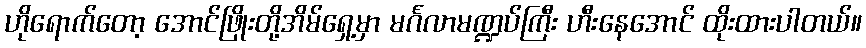
ဟိုရောက်တော့ အောင်ဖြိုးတို့အိမ်ရှေ့မှာ မင်္ဂလာမဏ္ဍပ်ကြီး ဟီးနေအောင် ထိုးထားပါတယ်။